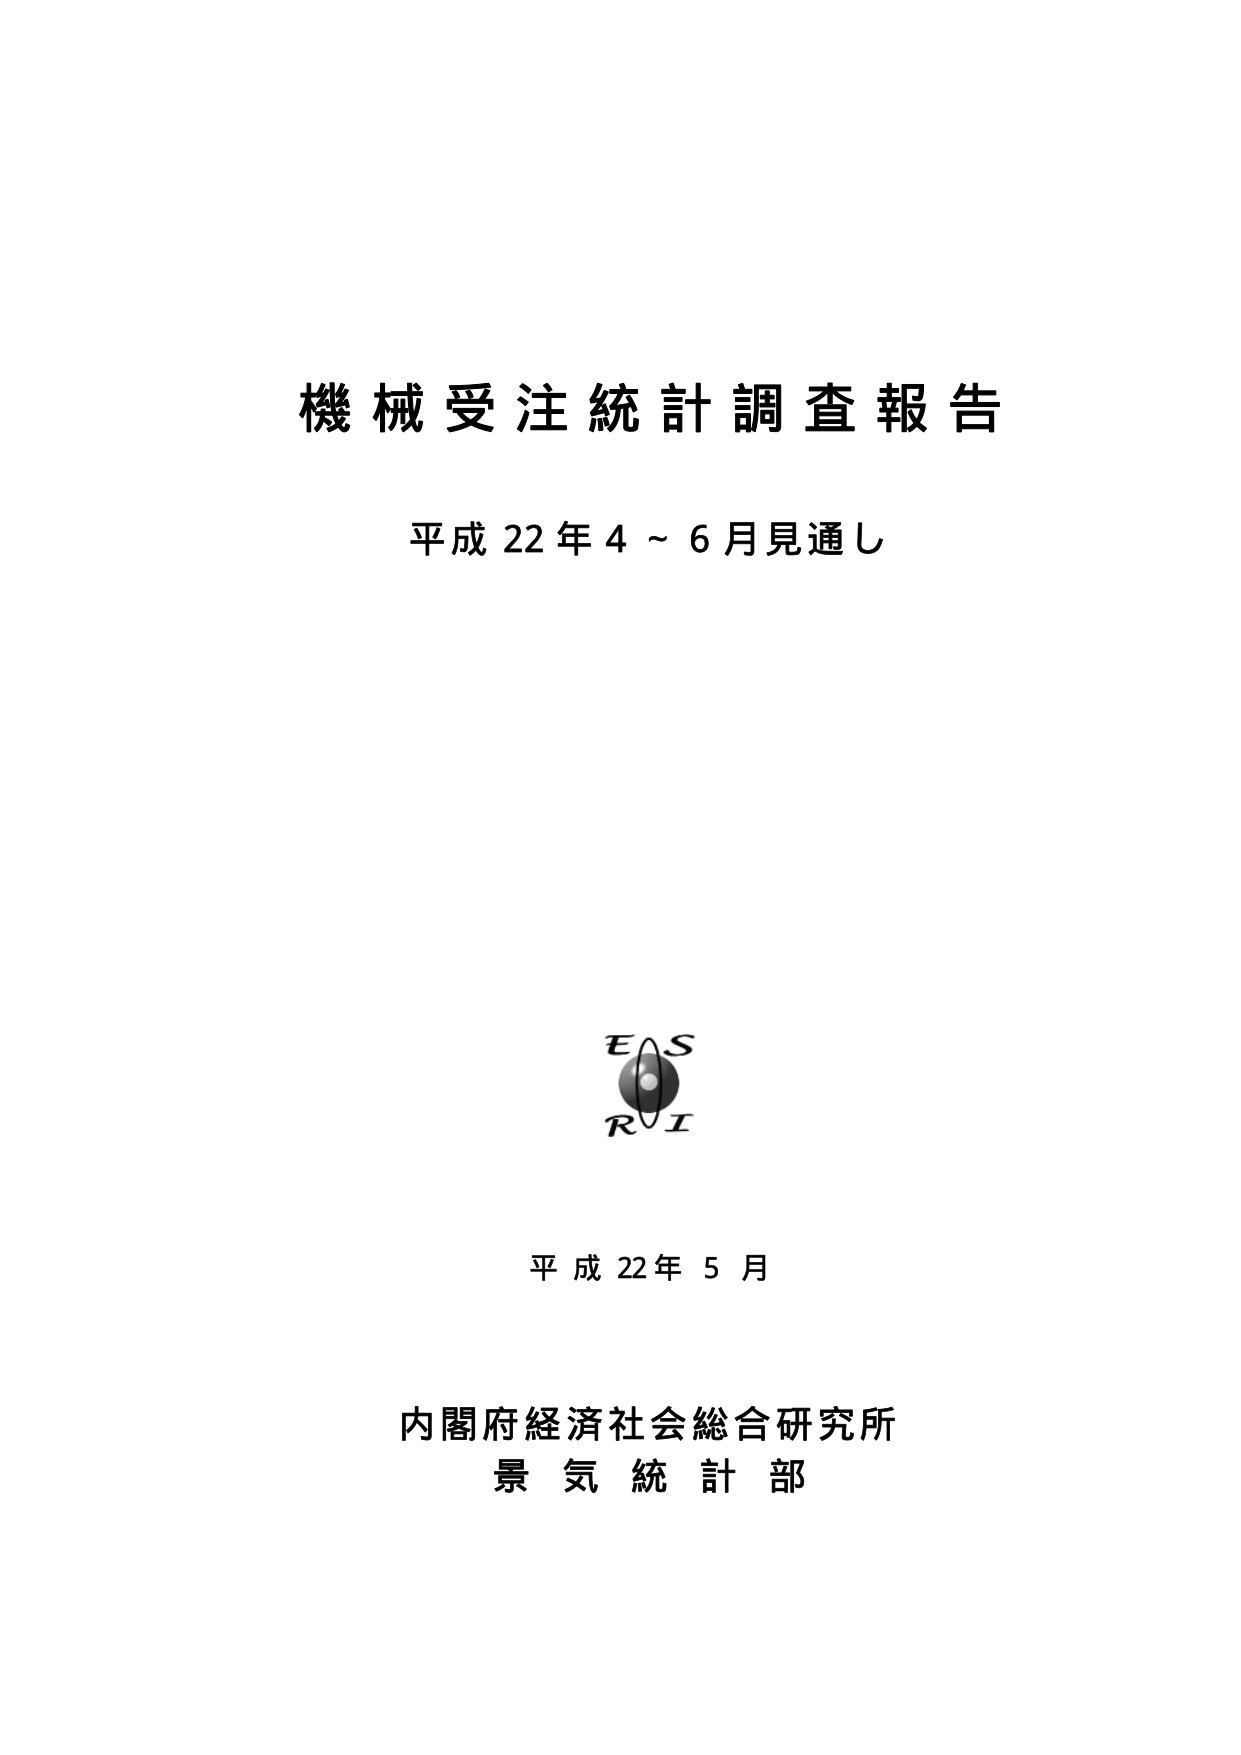
機械受注統計調査報告
平成22年4～6月見通し

EAS
RI

平成22年5月

内閣府経済社会総合研究所
景気統計部